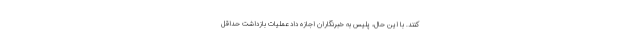
کنند. با این حال، پلیس به خبرنگاران اجازه داد عملیات بازداشت حداقل